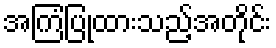
အကြံပြုထားသည့်အတိုင်း